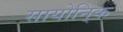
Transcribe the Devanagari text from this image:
सायोनि्क